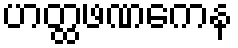
ဟတ္ထဖဏကေန